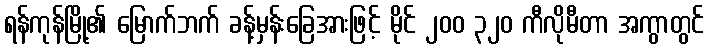
ရန်ကုန်မြို့၏ မြောက်ဘက် ခန့်မှန်းခြေအားဖြင့် မိုင် ၂၀၀ ၃၂၀ ကီလိုမီတာ အကွာတွင်